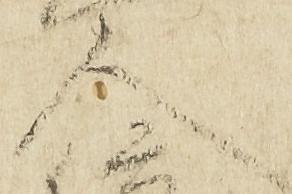
人